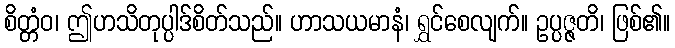
စိတ္တံဝ၊ ဤဟသိတုပ္ပါဒ်စိတ်သည်။ ဟာသယမာနံ၊ ရွှင်စေလျက်။ ဥပ္ပဇ္ဇတိ၊ ဖြစ်၏။